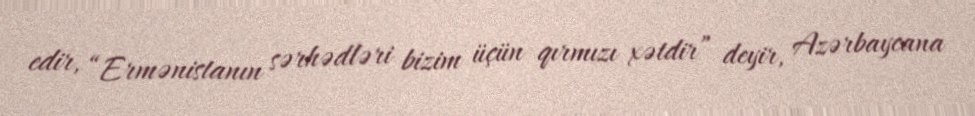
edir, “Ermənistanın sərhədləri bizim üçün qırmızı xətdir” deyir, Azərbaycana